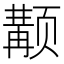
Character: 𱂴